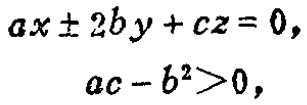
\[

\begin{align*}

ax\pm 2by + cz&=0,\\

ac - b^{2}&>0,

\end{align*}

\]